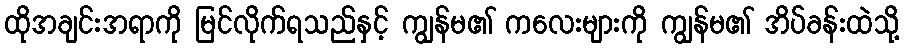
ထိုအချင်းအရာကို မြင်လိုက်ရသည်နှင့် ကျွန်မ၏ ကလေးများကို ကျွန်မ၏ အိပ်ခန်းထဲသို့